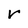
Character: r